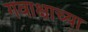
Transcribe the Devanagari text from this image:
गवाक्षाच्या